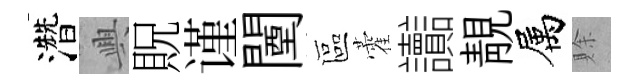
濳興貺谨闉區藿讟靚属賖